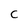
Character: C